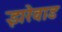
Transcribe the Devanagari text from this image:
झरेवाड